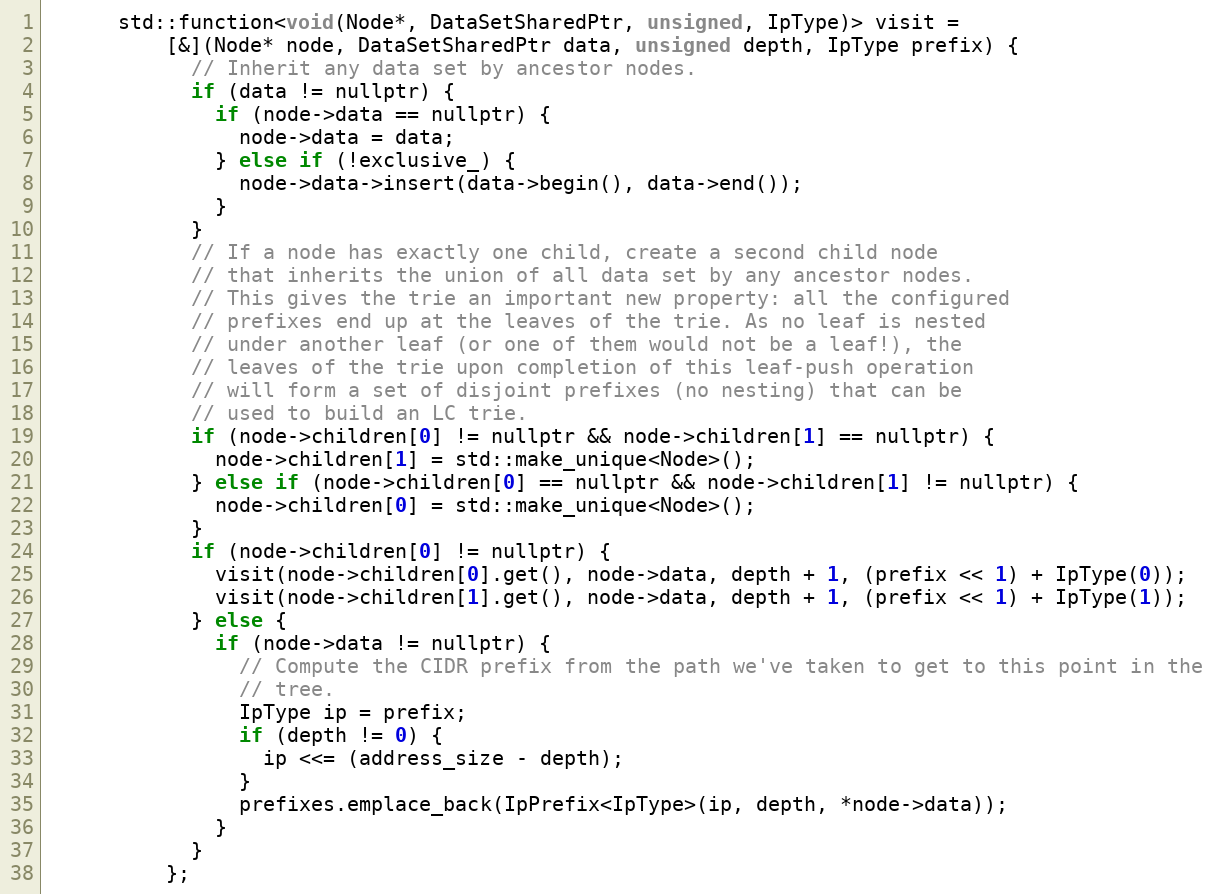
Language: C
      std::function<void(Node*, DataSetSharedPtr, unsigned, IpType)> visit =
          [&](Node* node, DataSetSharedPtr data, unsigned depth, IpType prefix) {
            // Inherit any data set by ancestor nodes.
            if (data != nullptr) {
              if (node->data == nullptr) {
                node->data = data;
              } else if (!exclusive_) {
                node->data->insert(data->begin(), data->end());
              }
            }
            // If a node has exactly one child, create a second child node
            // that inherits the union of all data set by any ancestor nodes.
            // This gives the trie an important new property: all the configured
            // prefixes end up at the leaves of the trie. As no leaf is nested
            // under another leaf (or one of them would not be a leaf!), the
            // leaves of the trie upon completion of this leaf-push operation
            // will form a set of disjoint prefixes (no nesting) that can be
            // used to build an LC trie.
            if (node->children[0] != nullptr && node->children[1] == nullptr) {
              node->children[1] = std::make_unique<Node>();
            } else if (node->children[0] == nullptr && node->children[1] != nullptr) {
              node->children[0] = std::make_unique<Node>();
            }
            if (node->children[0] != nullptr) {
              visit(node->children[0].get(), node->data, depth + 1, (prefix << 1) + IpType(0));
              visit(node->children[1].get(), node->data, depth + 1, (prefix << 1) + IpType(1));
            } else {
              if (node->data != nullptr) {
                // Compute the CIDR prefix from the path we've taken to get to this point in the
                // tree.
                IpType ip = prefix;
                if (depth != 0) {
                  ip <<= (address_size - depth);
                }
                prefixes.emplace_back(IpPrefix<IpType>(ip, depth, *node->data));
              }
            }
          };